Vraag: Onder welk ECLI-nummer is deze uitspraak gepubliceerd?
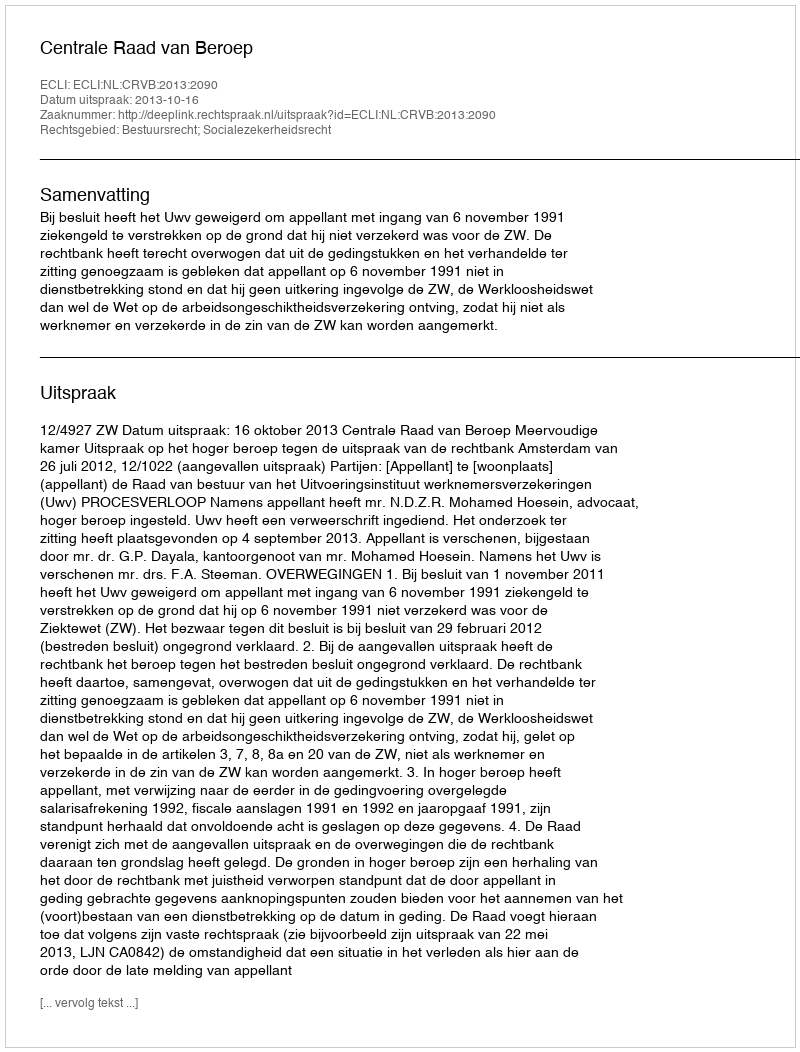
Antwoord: ECLI:NL:CRVB:2013:2090